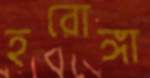
হরোঙ্গা